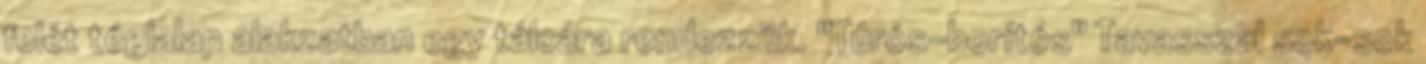
felét téglalap alakzatban egy tálcára rendezzük. "Túrós-borítós" Tavasszal sok-sok